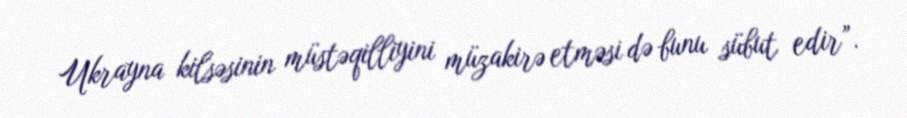
Ukrayna kilsəsinin müstəqilliyini müzakirə etməsi də bunu sübut edir”.